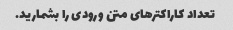
تعداد کاراکترهای متن ورودی را بشمارید.